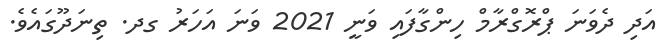
އަދި ދެވަނަ ޕްރޮގްރާމް ހިންގާފައި ވަނީ 2021 ވަނަ އަހަރު ގދ. ތިނަދޫގައެވެ.